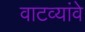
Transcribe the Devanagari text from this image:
वाटव्यांवे